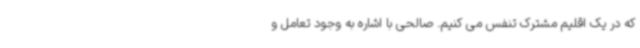
که در یک اقلیم مشترک تنفس می کنیم. صالحی با اشاره به وجود تعامل و